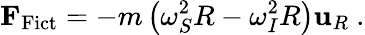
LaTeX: \mathbf{F}_{\mathrm{Fict}}=-m\left(\omega_{S}^{2}R-\omega_{I}^{2}R\right)\mathbf{u}_{R}\ .